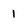
Character: 1